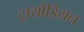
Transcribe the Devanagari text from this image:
ट्रायोडियन